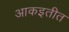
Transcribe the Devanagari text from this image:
आकइतीत